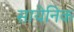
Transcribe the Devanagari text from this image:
सायेनिक